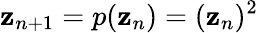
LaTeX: \mathbf{z}_{n+1}=p(\mathbf{z}_{n})=(\mathbf{z}_{n})^{2}